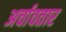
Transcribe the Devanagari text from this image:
अर्चावतार